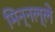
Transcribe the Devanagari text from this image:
मिन्नल्ले